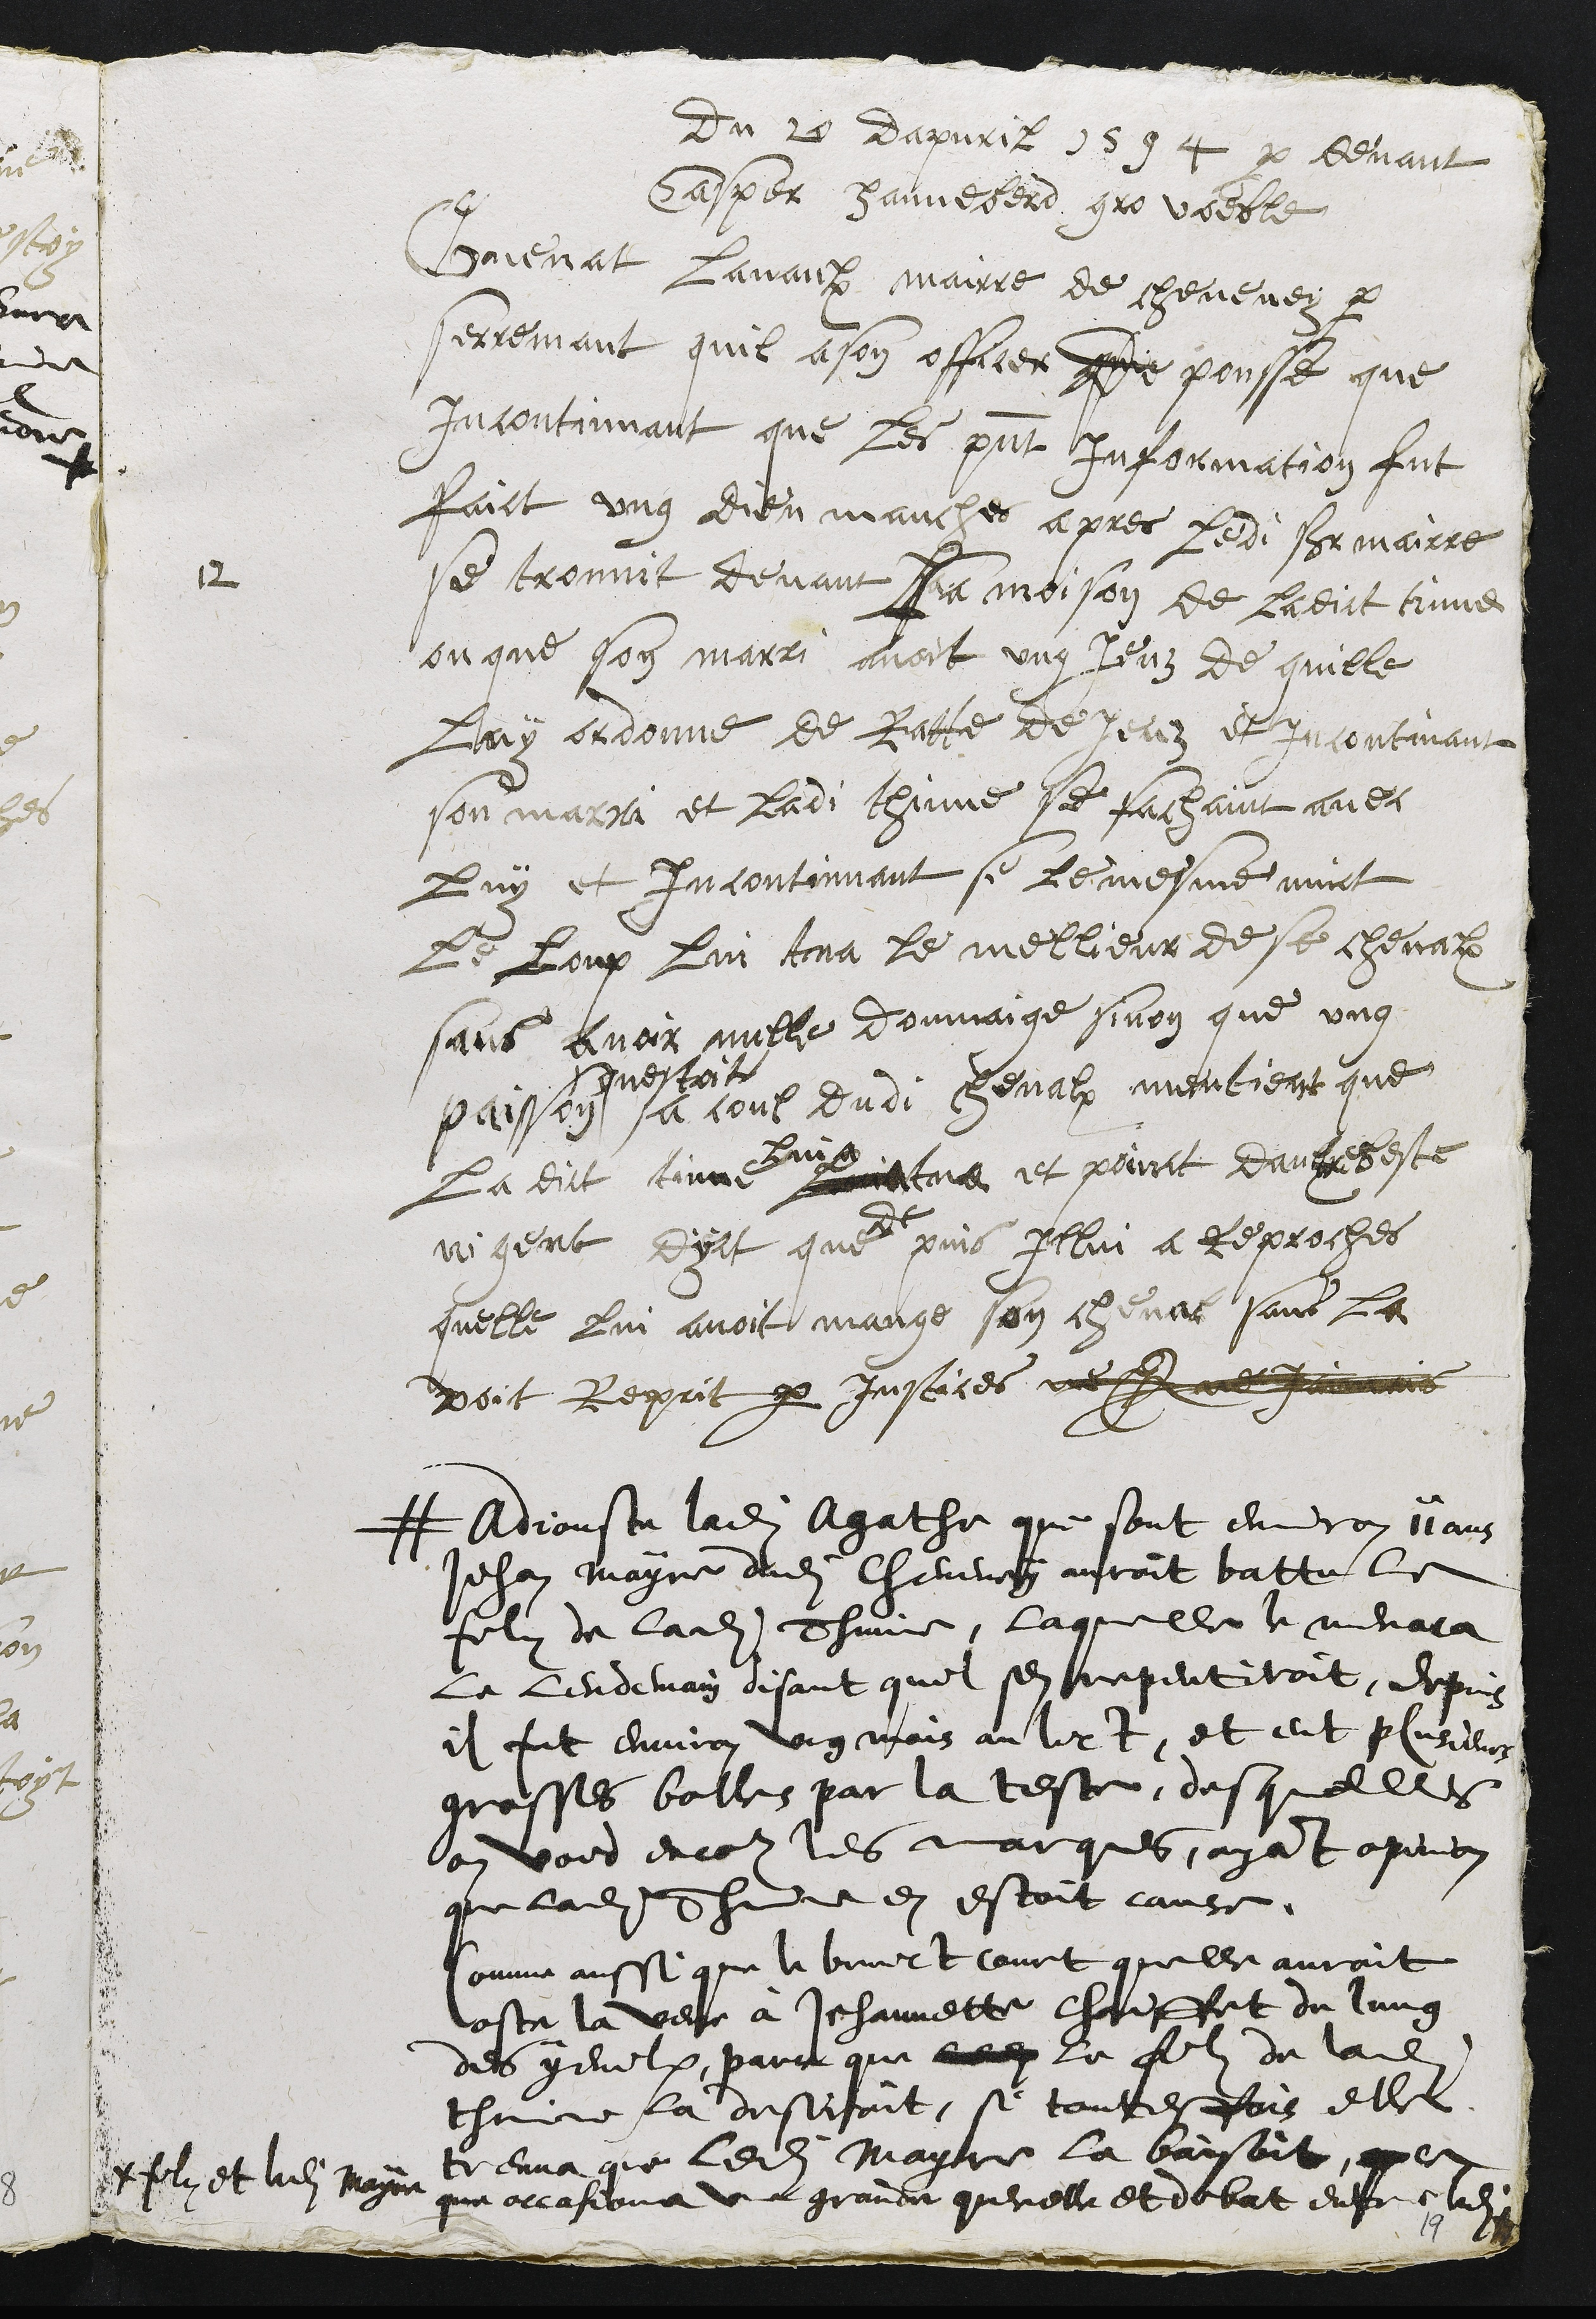
Du 20 dapvril 1594 par devant
Casper Hanneberd gro voeble
12
Guenat Lavaulx maire de cheveney par
serremant quil a son officer De pousse que
incontinnant que les present Information fut
faict ung dieumanches apres ledit sr mairre
se trouvit devant La moison de ladict tinne
ou que son marri avoit ung jeuz de quille
luy ordonne de Ratte de jeuz et incontinant
son marri et ladi thinne se fachaint avec
luy et incontinnant se le mesme nuict
Le Loup lui tua le mellieur de se chevalx
sans avoir nulle donmaige sinon que ung
paisson
questoit
a coul dudi chevalx mentient que
ladict tinne
lui
tua et poinct daultre beste
ni gent dyct que
de
puis Illui a reproches
quelle lui avoit mange son cheval sans la
voit Reprit par Justices ne Que Jaimais
# Adjouste ladite Agathe que sont environ ii ans
Jehan Mayre dudit Cheveney auroit battu le
filz de ladite Thinne, laquelle le menaca
le lendemain disant quil sen repentiroit, depuis
il fut environ ung mois au lict, et eut plusieurs
grosses bolles par la teste, desquelles
on vois encor les marques, ayant opinion
que ladite Thinne en estoit cause.
Comme aussi que le bruict court quelle auroit
oste la veue à Jehannette Chaiffet de lung
des yeulx, parce que ledit le filz de ladite
thinne la desiroit, si toutesfois elle
treuva que ledit Mayre la baisoit, que ce
que occasiona une grande querelle et debat entre ledit
filz et ledit Mayre
19